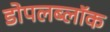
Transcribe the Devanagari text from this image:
डोपलब्लॉक